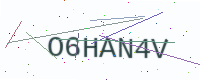
Text: O6HAN4V